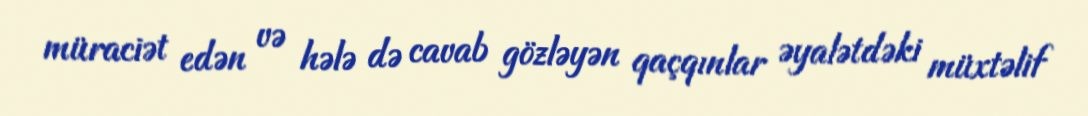
müraciət edən və hələ də cavab gözləyən qaçqınlar əyalətdəki müxtəlif